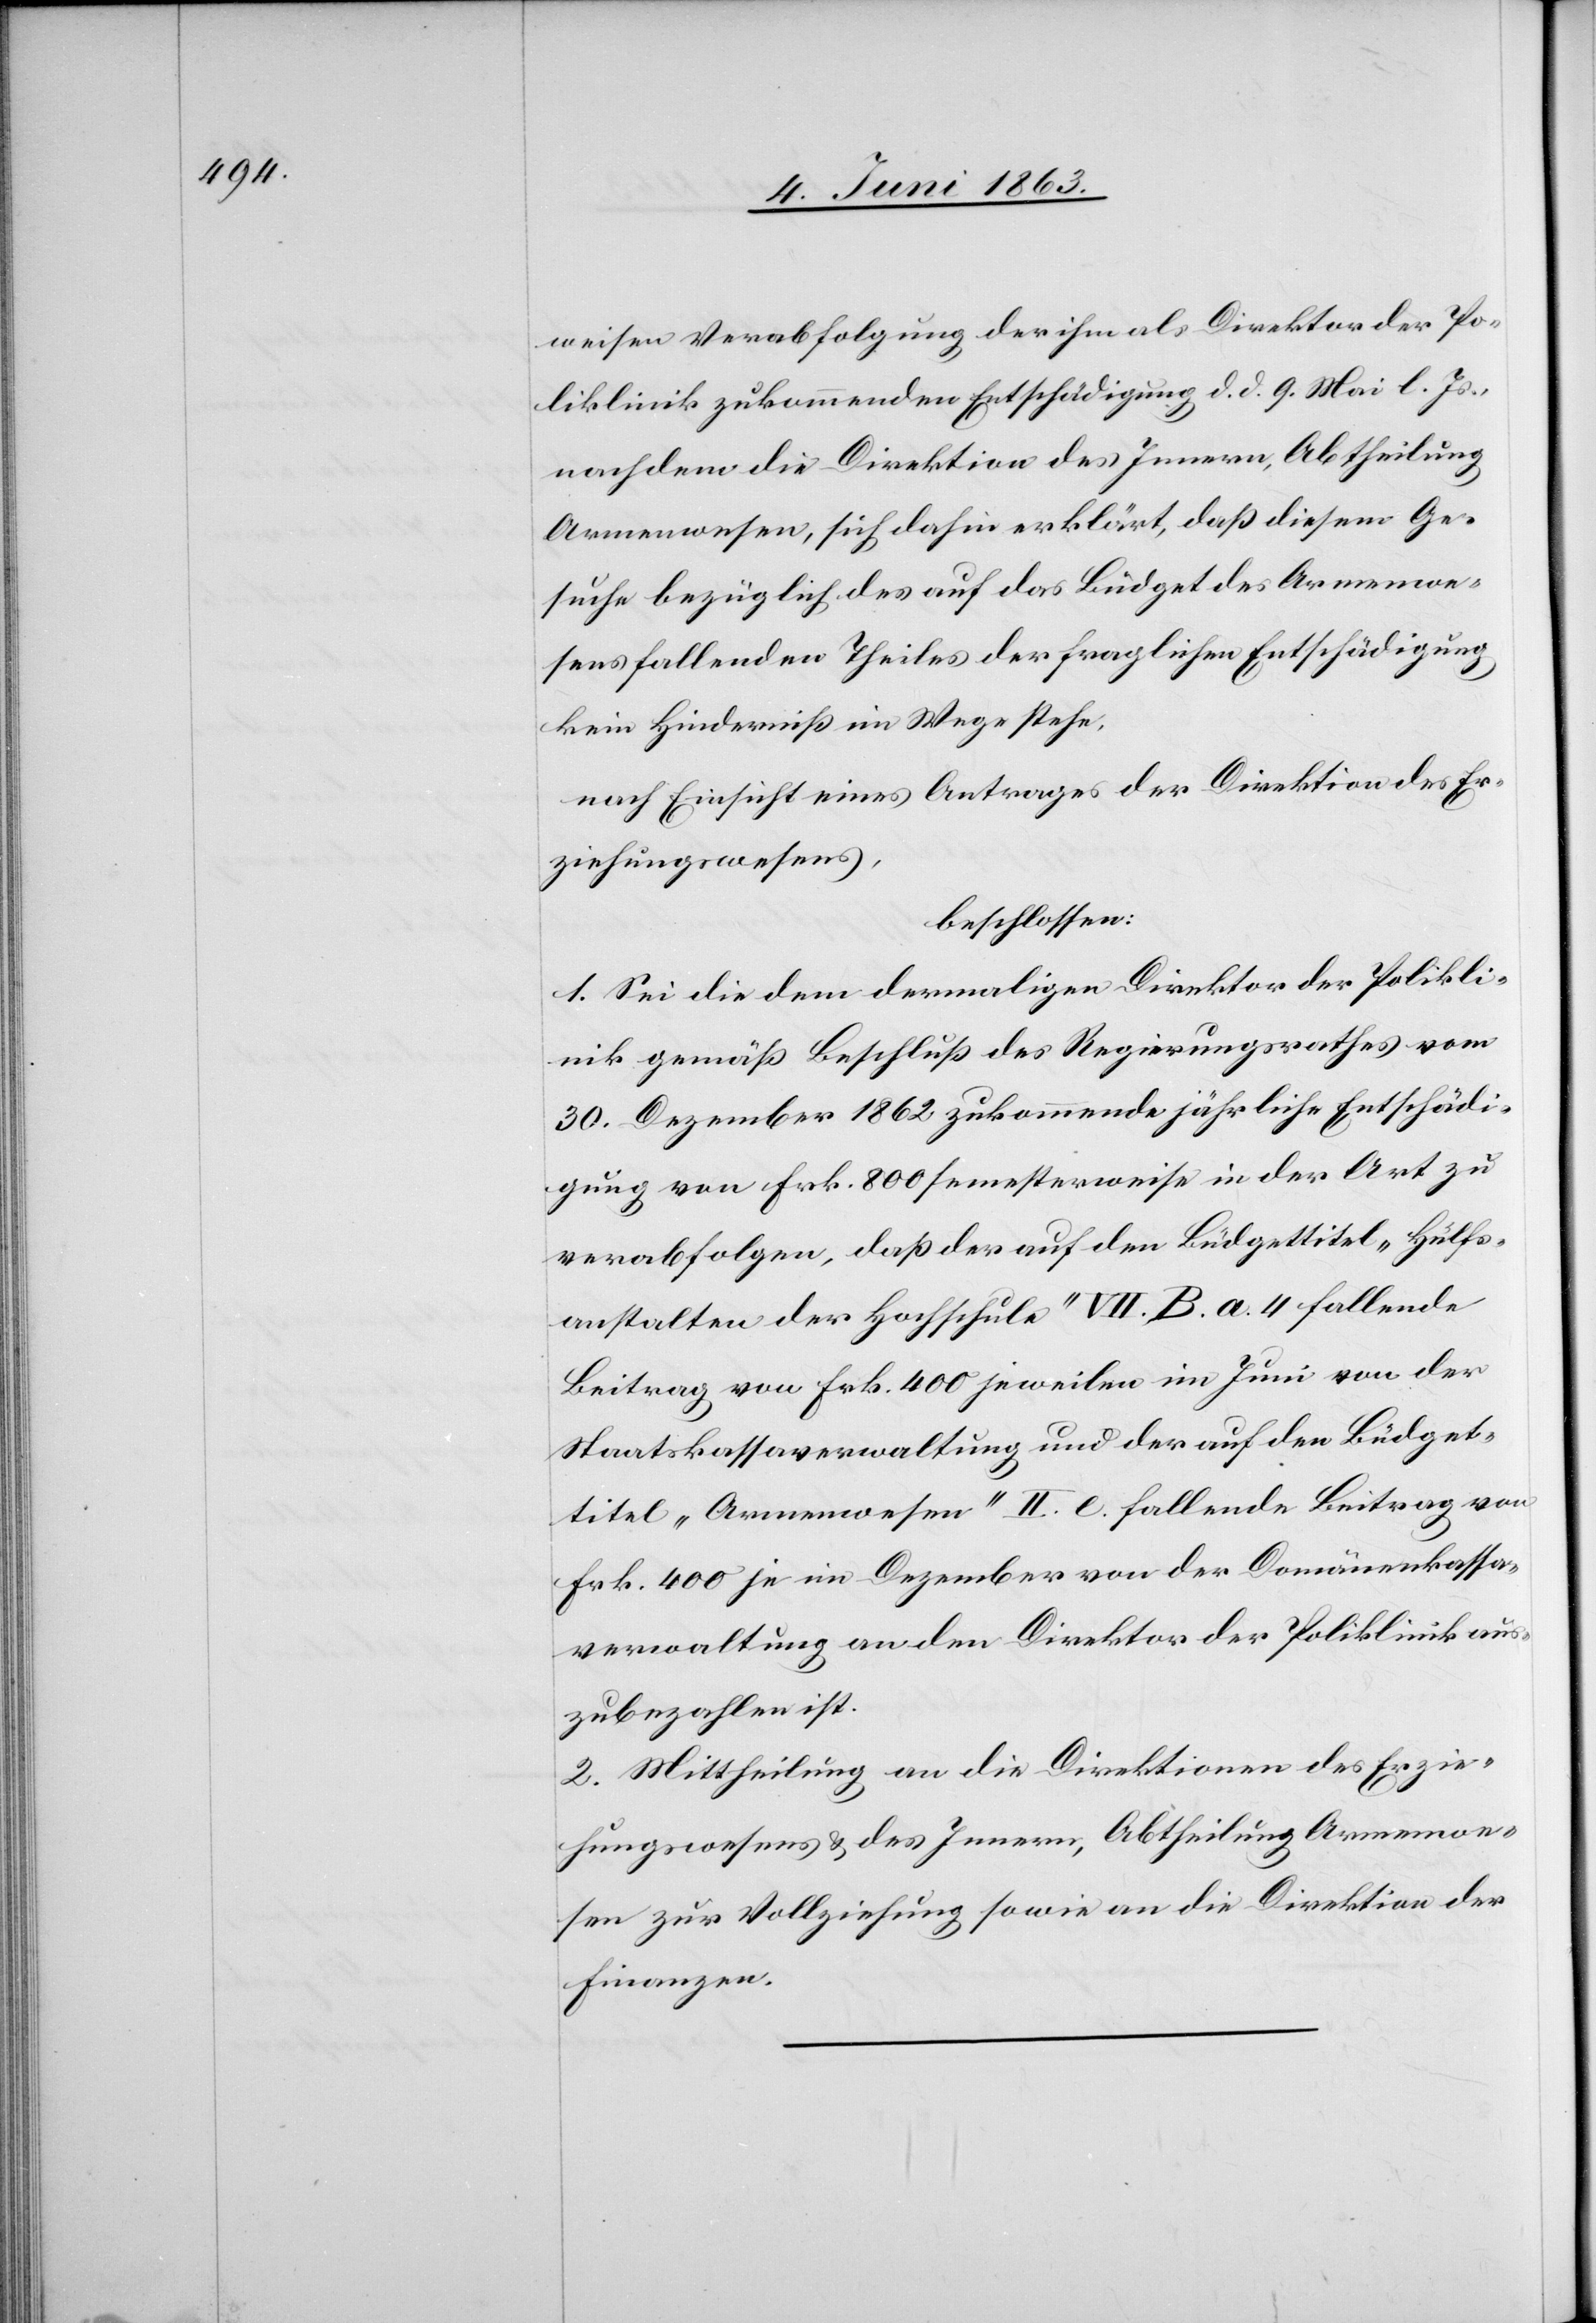
weisen Verabfolgung der ihm als Direktor der Po¬
liklinik zukommenden Entschädigung d. d. 9. Mai l. Js.,
nachdem die Direktion des Innern, Abtheilung
Armenwesen, sich dahin erklärt, daß diesem Ge¬
suche bezüglich des auf das Büdget des Armenwe¬
sens fallenden Theiles der fraglichen Entschädigung
kein Hinderniß im Wege stehe,
nach Einsicht eines Antrages der Direktion des Er¬
ziehungswesens,
beschlossen:
1. Sei die dem dermaligen Direktor der Polikli¬
nik gemäß Beschluß des Regierungsrathes vom
30. Dezember 1862 zukommende jährliche Entschädi¬
gung von Frk. 800 semesterweise in der Art zu
verabfolgen, daß der auf den Büdgettittel „Hülfs¬
anstalten der Hochschule“ VII. B. a. 4 fallende
Beitrag von Frk. 400 jeweilen im Juni von der
Staatskassaverwaltung und der auf den Büdget¬
titel „Armenwesen“ II. e. fallende Beitrag von
Frk. 400 je im Dezember von der Domänenkassa¬
verwaltung an den Direktor der Poliklinik aus¬
zubezahlen ist.
2. Mittheilung an die Direktionen des Erzie¬
hungswesens & des Innern, Abtheilung Armenwe¬
sen zur Vollziehung sowie an die Direktion der
Finanzen.